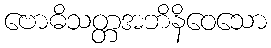
ဗောဓိသတ္တအဘိနိဝေသော